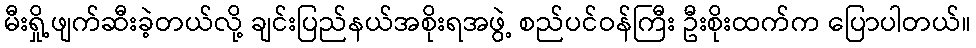
မီးရှို့ဖျက်ဆီးခဲ့တယ်လို့ ချင်းပြည်နယ်အစိုးရအဖွဲ့ စည်ပင်ဝန်ကြီး ဦးစိုးထက်က ပြောပါတယ်။